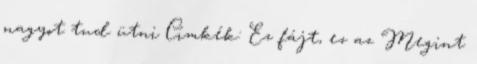
nagyot tud ütni Címkék: Ez fájt, ez az Megint